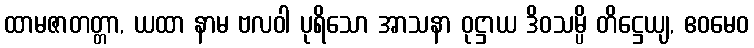
ထာမဇာတတ္တာ, ယထာ နာမ ဗလဝါ ပုရိသော အာသနာ ဝုဋ္ဌာယ ဒိဝသမ္ပိ တိဋ္ဌေယျ, ဧဝမေဝ